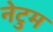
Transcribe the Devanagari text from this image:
नेटुम